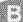
B